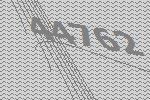
44762